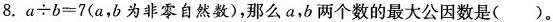
8.$$a \div b = 7$$ (a，b为非零自然数)，那么a，b两个数的最大公因数是()。